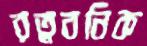
রত্নবনিক